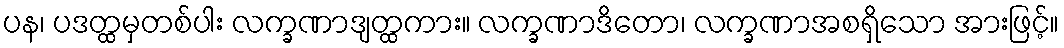
ပန၊ ပဒတ္ထမှတစ်ပါး လက္ခဏာဒျတ္ထကား။ လက္ခဏာဒိတော၊ လက္ခဏာအစရှိသော အားဖြင့်။